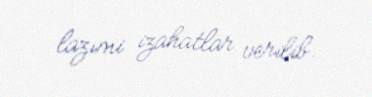
lazımi izahatlar verilib.